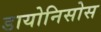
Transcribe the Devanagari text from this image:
डायोनिसोस